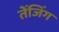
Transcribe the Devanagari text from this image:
तेंजिंग